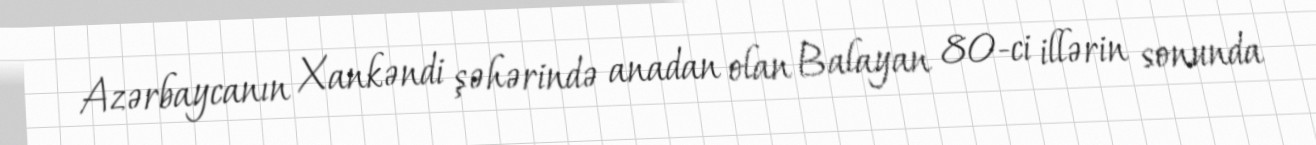
Azərbaycanın Xankəndi şəhərində anadan olan Balayan 80-ci illərin sonunda